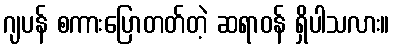
ဂျပန် စကားပြောတတ်တဲ့ ဆရာဝန် ရှိပါသလား။